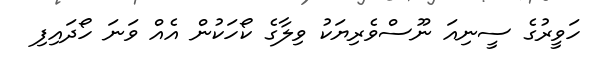
ހަވީރުގެ ސީނިއަ ނޫސްވެރިޔަކު ވިލާގެ ކޯހަކުން އެއް ވަނަ ހޯދައިފި